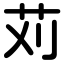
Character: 苅